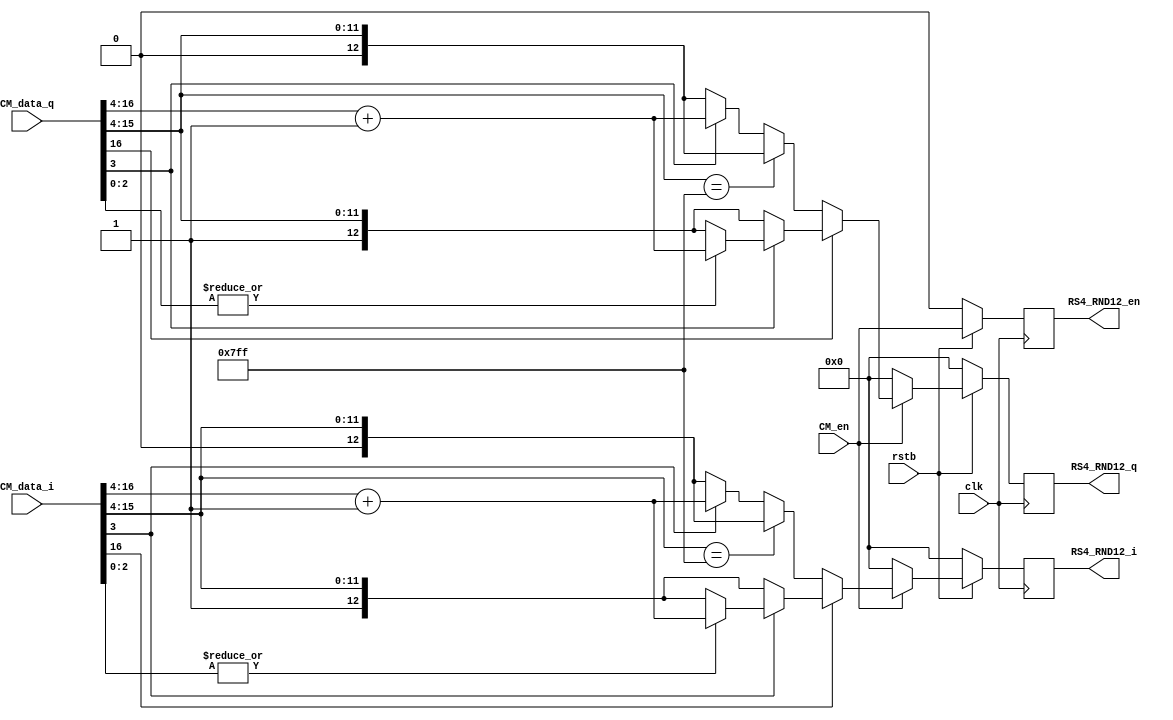
// Right shift 4 & round up to 12-bit
// Right shift 4 & round up to 13-bit

module right_shift4_rnd12 (
                           input                   clk,
                           input                   rstb,
                           input           [16:0]  CM_data_i,
                           input           [16:0]  CM_data_q,
                           input                   CM_en,
                           output reg      [12:0]  RS4_RND12_i,
                           output reg      [12:0]  RS4_RND12_q,
                           output reg              RS4_RND12_en  );


always @ (posedge clk) begin
   if (!rstb) begin
      RS4_RND12_en <= 1'b0;
   end
   else begin
      RS4_RND12_en <= CM_en;
   end
end

always @ (posedge clk) begin
   if (!rstb) begin
      RS4_RND12_i <= 13'b0;
   end
   else begin
      if (CM_en) begin
         RS4_RND12_i <= FUNC_RS4_RND12(CM_data_i);
      end
      else begin
         RS4_RND12_i <= 13'b0;
      end
   end
end

always @ (posedge clk) begin
   if (!rstb) begin
      RS4_RND12_q <= 13'b0;
   end
   else begin
      if (CM_en) begin
         RS4_RND12_q <= FUNC_RS4_RND12(CM_data_q);
      end
      else begin
         RS4_RND12_q <= 13'b0;
      end
   end
end

// positive value : [3:0] = 1111~1000 : round up   (+1)
//                        = 0111~0000 : no round up
// negative value : [3:0] = 1111~1001 : round up   (+1)
//                        = 1000~0000 : no round up
// ex) -4.0 ~ -3.0
// 1101 0000 : -3.0
// 1100 1111 : -3.0625
// 1100 1110 : -3.125
// 1100 1101 : -3.1875
// 1100 1100 : -3.25
// 1100 1011 : -3.3125
// 1100 1010 : -3.375
// 1100 1001 : -3.4375   => to -3.0
// -----------------------------------
// 1100 1000 : -3.5      => to -4.0
// 1100 0111 : -3.5625
// 1100 0110 : -3.625
// 1100 0101 : -3.6875
// 1100 0100 : -3.75
// 1100 0011 : -3.8125
// 1100 0010 : -3.875
// 1100 0001 : -3.9375
// 1100 0000 : -4.0

function [12:0] FUNC_RS4_RND12;
   input [16:0] data_in;
   begin
      if (data_in[16] == 1'b0) begin //positive value
         if (data_in[15:4] == 11'b11111111111) begin // defense overflow
            FUNC_RS4_RND12 = data_in[16:4];
         end
         else begin
            if (data_in[3] == 1'b1) begin
               FUNC_RS4_RND12 = data_in[16:4] + 13'b0000000000001;
            end
            else begin
               FUNC_RS4_RND12 = data_in[16:4];
            end
         end
      end
      else begin //negative value
         if (data_in[3] == 1'b0) begin
            FUNC_RS4_RND12 = data_in[16:4];
         end
         else begin
            if ( !(|data_in[2:0]) ) begin // if data_in[2:0] == 3'b000
               FUNC_RS4_RND12 = data_in[16:4];
            end
            else begin
               FUNC_RS4_RND12 = data_in[16:4] + 13'b0000000000001;
            end
         end
      end
   end
endfunction

endmodule